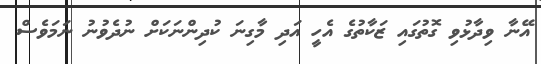
އޭނާ ވިދާޅުވި ގޮތުގައި ޒަކާތުގެ އެހީ އަދި މާގިނަ ކުދިންނަކަށް ނުދެވުނު ނަމަވެސް